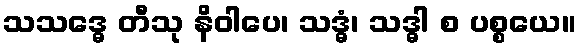
သသဒ္ဓေ တီသု နိဝါပေ၊ သဒ္ဓံ၊ သဒ္ဓါ စ ပစ္စယေ။